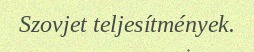
Szovjet teljesítmények.